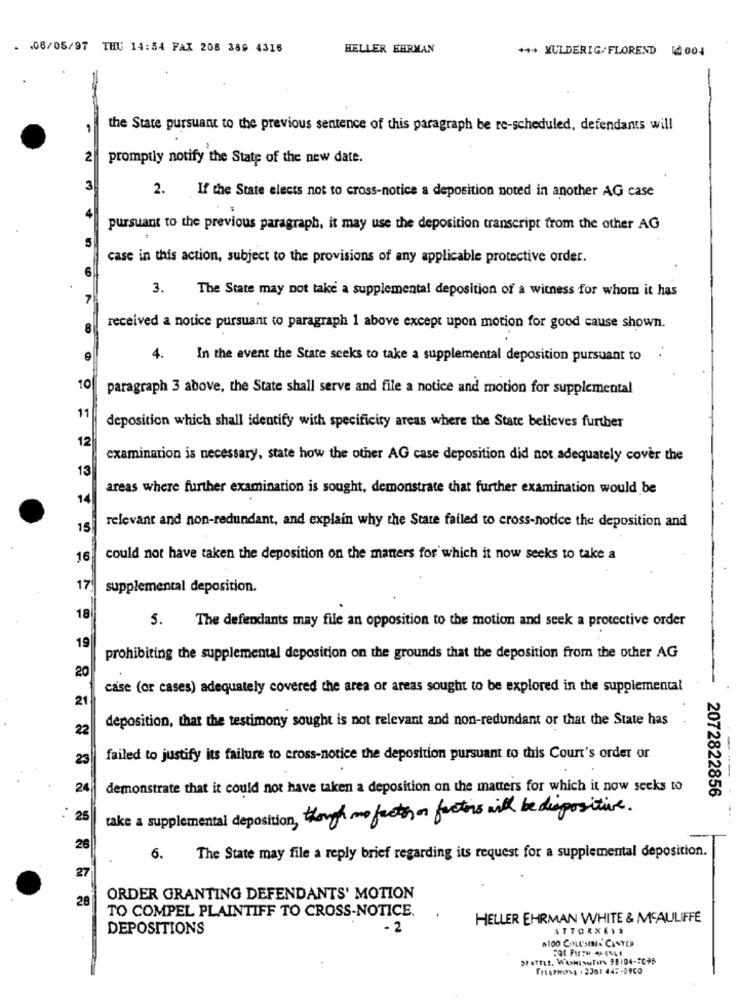
· 06/05/97 THU 14:54 FAX 208 389 4316
HELLER EHRMAN
*** KULDERIG/FLOREND & 004
-
the State pursuant to the previous sentence of this paragraph be re-scheduled, defendants will
2
promptly notify the State of the new date.
3
2.
If the State elects not to cross-notice a deposition noted in another AG case
pursuant to the previous paragraph, it may use the deposition transcript from the other AG
5
case in this action, subject to the provisions of any applicable protective order.
3. The State may not take a supplemental deposition of a witness for whom it has
7
received a notice pursuant to paragraph 1 above except upon motion for good cause shown.
4.
In the event the State seeks to take a supplemental deposition pursuant to
10
paragraph 3 above, the State shall serve and file a notice and motion for supplemental
11
deposition which shall identify with specificity areas where the State believes further
12
examination is necessary, state how the other AG case deposition did not. adequately cover the
13
areas where further examination is sought, demonstrate that further examination would be
14
relevant and non-redundant, and explain why the State failed to cross-notice the deposition and
15
16
could not have taken the deposition on the maners for which it now seeks to take a
17
supplemental deposition.
18
5. The defendants may file an opposition to the motion and seek a protective order
19
prohibiting the supplemental deposicion on the grounds that the deposition from the other AG
20
case (or cases) adequately covered the area or areas sought to be explored in the supplemental
21
deposition, that the testimony sought is not relevant and non-redundant or that the State has
22
23
failed to justify its failure to cross-notice the deposition pursuant to this Court's order or
--
24
demonstrate that it could not have taken a deposition on the matters for which it now seeks to
2072822856
take a supplemental deposition, though no facto on factors will be dispositive.
25
26
6.
The State may file a reply brief regarding its request for a supplemental deposition.
27
28
ORDER GRANTING DEFENDANTS' MOTION
TO COMPEL PLAINTIFF TO CROSS-NOTICE.
HELLER EHRMAN WHITE & MCAULIFFE
DEPOSITIONS
- 2
ATTORNEYS
.100 COMLL'SMA CANTER
StaffLl. WASHINGTON 98104-7C98